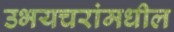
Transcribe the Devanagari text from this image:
उभयचरांमधील